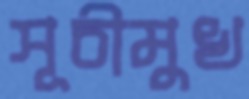
সূচীমুখ